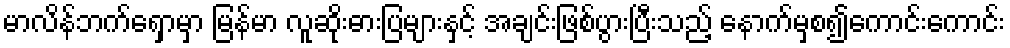
မာလိန်ဘက်ရှောမှာ မြန်မာ လူဆိုးဓားပြများနှင့် အချင်းဖြစ်ပွားပြီးသည့် နောက်မှစ၍ကောင်းကောင်း